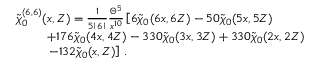
\begin{array} { r l } & { \widetilde { \chi } _ { 0 } ^ { ( 6 , 6 ) } ( \boldsymbol { x } , Z ) = \frac { 1 } { 5 ! 6 ! } \frac { \Theta ^ { 5 } } { x ^ { 1 0 } } \left[ 6 \widetilde { \chi } _ { 0 } ( 6 \boldsymbol { x } , 6 Z ) - 5 0 \widetilde { \chi } _ { 0 } ( 5 \boldsymbol { x } , 5 Z ) \right. } \\ & { \qquad \, \, \, + 1 7 6 \widetilde { \chi } _ { 0 } ( 4 \boldsymbol { x } , 4 Z ) - 3 3 0 \widetilde { \chi } _ { 0 } ( 3 \boldsymbol { x } , 3 Z ) + 3 3 0 \widetilde { \chi } _ { 0 } ( 2 \boldsymbol { x } , 2 Z ) } \\ & { \qquad \, \, \, \left. - 1 3 2 \widetilde { \chi } _ { 0 } ( \boldsymbol { x } , Z ) \right] \, . } \end{array}